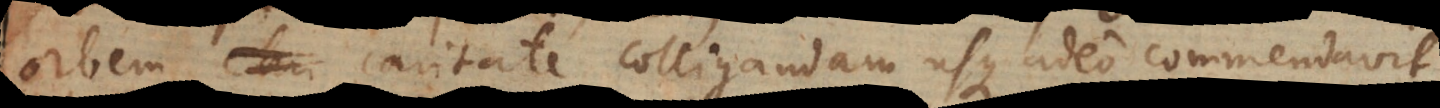
orbem caritate colligandam usque adeo commendavit